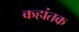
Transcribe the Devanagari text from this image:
कहांतक